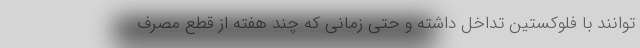
توانند با فلوکستین تداخل داشته و حتی زمانی که چند هفته از قطع مصرف